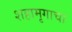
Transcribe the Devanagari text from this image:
शहामृगाचा